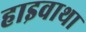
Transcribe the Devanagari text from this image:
हाइवाथा